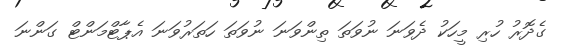
ގެދޮރު ހުރި މީހަކު ދެވަނަ ނުވަތަ ތިންވަނަ ނުވަތަ ހަތަރުވަނަ އެޕާޓްމަންޓް ގަންނަ